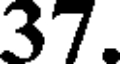
37.